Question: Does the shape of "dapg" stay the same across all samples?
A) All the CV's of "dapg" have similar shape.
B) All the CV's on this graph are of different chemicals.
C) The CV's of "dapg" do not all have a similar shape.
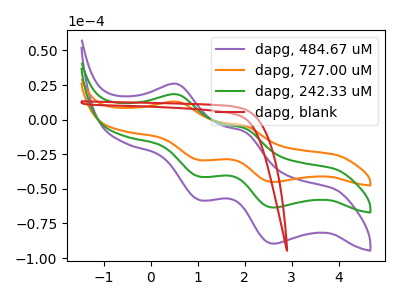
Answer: <think>The purple curve "dapg, 484.67 uM" has anodic peaks at (0.55V, 25.70uA) (2.00V, -8.90uA) and cathodic peaks at (1.05V, -58.05uA) (2.60V, -89.60uA). The orange curve "dapg, 727.00 uM" has anodic peaks at (0.55V, 36.45uA) (2.00V, -12.60uA) and cathodic peaks at (1.05V, -82.35uA) (2.60V, -127.05uA). The green curve "dapg, 242.33 uM" has anodic peaks at (0.55V, 18.20uA) (2.00V, -6.30uA) and cathodic peaks at (1.05V, -41.15uA) (2.60V, -63.50uA). The red curve "dapg, blank" has no peaks.
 All the peaks in "dapg, 484.67 uM" have a peak in "dapg, 727.00 uM" at the same potential. All the peaks in "dapg, 484.67 uM" have a peak in "dapg, 242.33 uM" at the same potential. "dapg, 484.67 uM" and "dapg, blank" have a different number of peaks. All the peaks in "dapg, 727.00 uM" have a peak in "dapg, 242.33 uM" at the same potential. "dapg, 727.00 uM" and "dapg, blank" have a different number of peaks. "dapg, 242.33 uM" and "dapg, blank" have a different number of peaks.</think>
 <answer>A) All the CV's of "dapg" have similar shape.</answer>
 <eval>A</eval>